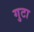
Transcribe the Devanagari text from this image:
गुटा